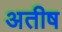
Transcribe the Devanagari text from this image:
अतीष